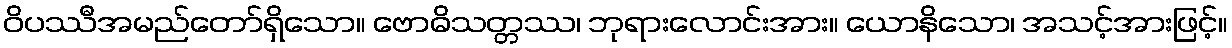
ဝိပဿီအမည်တော်ရှိသော။ ဗောဓိသတ္တဿ၊ ဘုရားလောင်းအား။ ယောနိသော၊ အသင့်အားဖြင့်။